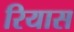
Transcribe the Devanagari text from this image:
रियास